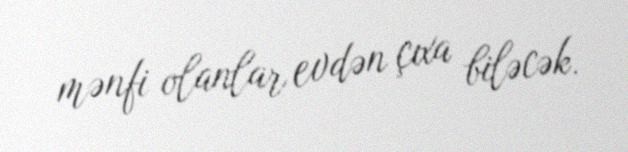
mənfi olanlar evdən çıxa biləcək.